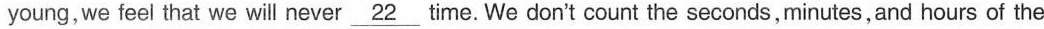
young,we feel that we will never \underline{22} time.We don't count the seconds,minutes,and hours of the